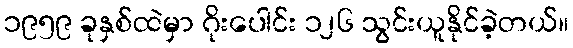
၁၉၅၉ ခုနှစ်ထဲမှာ ဂိုးပေါင်း ၁၂၆ သွင်းယူနိုင်ခဲ့တယ်။